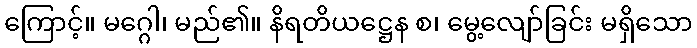
ကြောင့်။ မဂ္ဂေါ၊ မည်၏။ နိရတိယဋ္ဌေန စ၊ မွေ့လျော်ခြင်း မရှိသော